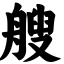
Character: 艘